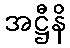
အဋ္ဌီနိ